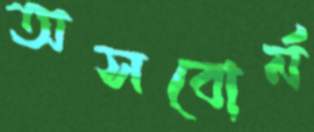
অসবোর্ন